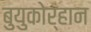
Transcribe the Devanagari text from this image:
बुयुकोर्हान